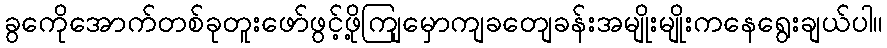
ခွကေိုအောက်တစ်ခုတူးဖော်ဖွင့်ဖို့ကျြမှောကျခတျေခန်းအမျိုးမျိုးကနေရွေးချယ်ပါ။